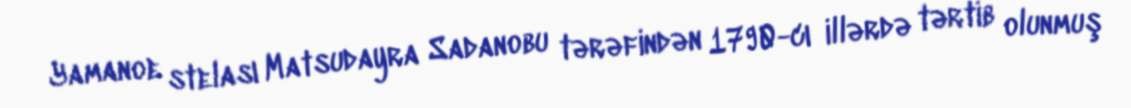
Yamanoe stelası Matsudayra Sadanobu tərəfindən 1790-cı illərdə tərtib olunmuş